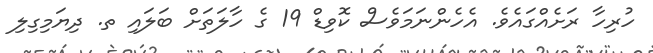
ހުރިހާ ރަށެއްގައެވެ. އެހެންނަމަވެސް ކޮވިޑް 19 ގެ ހާލަތަށް ބަލައި ތ. ދިޔަމިގިލި